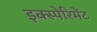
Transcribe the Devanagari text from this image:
इक्स्पेरिमेंट